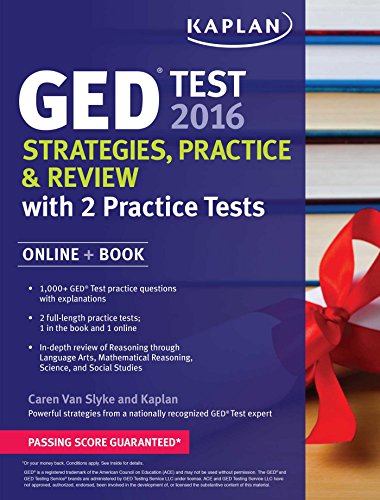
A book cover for Kaplan GED Test 2016 Strategies, Practice, and Review: Online + Book (Kaplan Test Prep); Caren Van Slyke; Test Preparation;